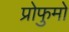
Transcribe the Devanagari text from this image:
प्रोफुमो